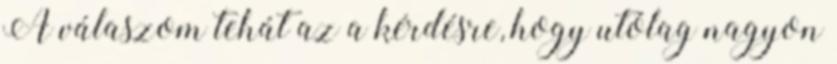
A válaszom tehát az a kérdésre, hogy utólag nagyon